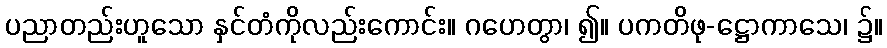
ပညာတည်းဟူသော နှင်တံကိုလည်းကောင်း။ ဂဟေတွာ၊ ၍။ ပကတိဖု-ဋ္ဌောကာသေ၊ ၌။